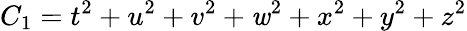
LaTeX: C_{1}=t^{2}+u^{2}+v^{2}+\mathit{w}^{2}+x^{2}+y^{2}+z^{2}